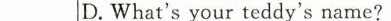
D.What's your teddy's name?